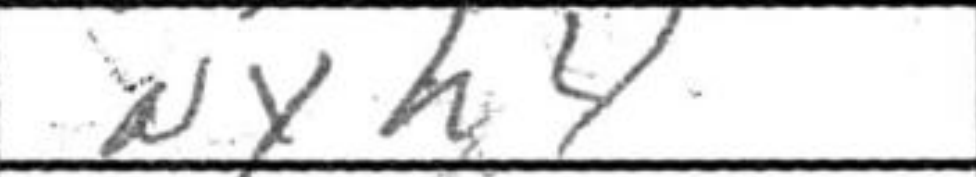
Transcription: Nxg4